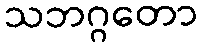
သဘဂ္ဂတော